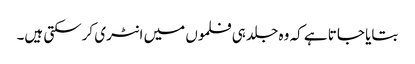
بتایا جاتا ہے کہ وہ جلد ہی فلموں میں انٹری کرسکتی ہیں۔